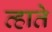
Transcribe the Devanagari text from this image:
व्हाते